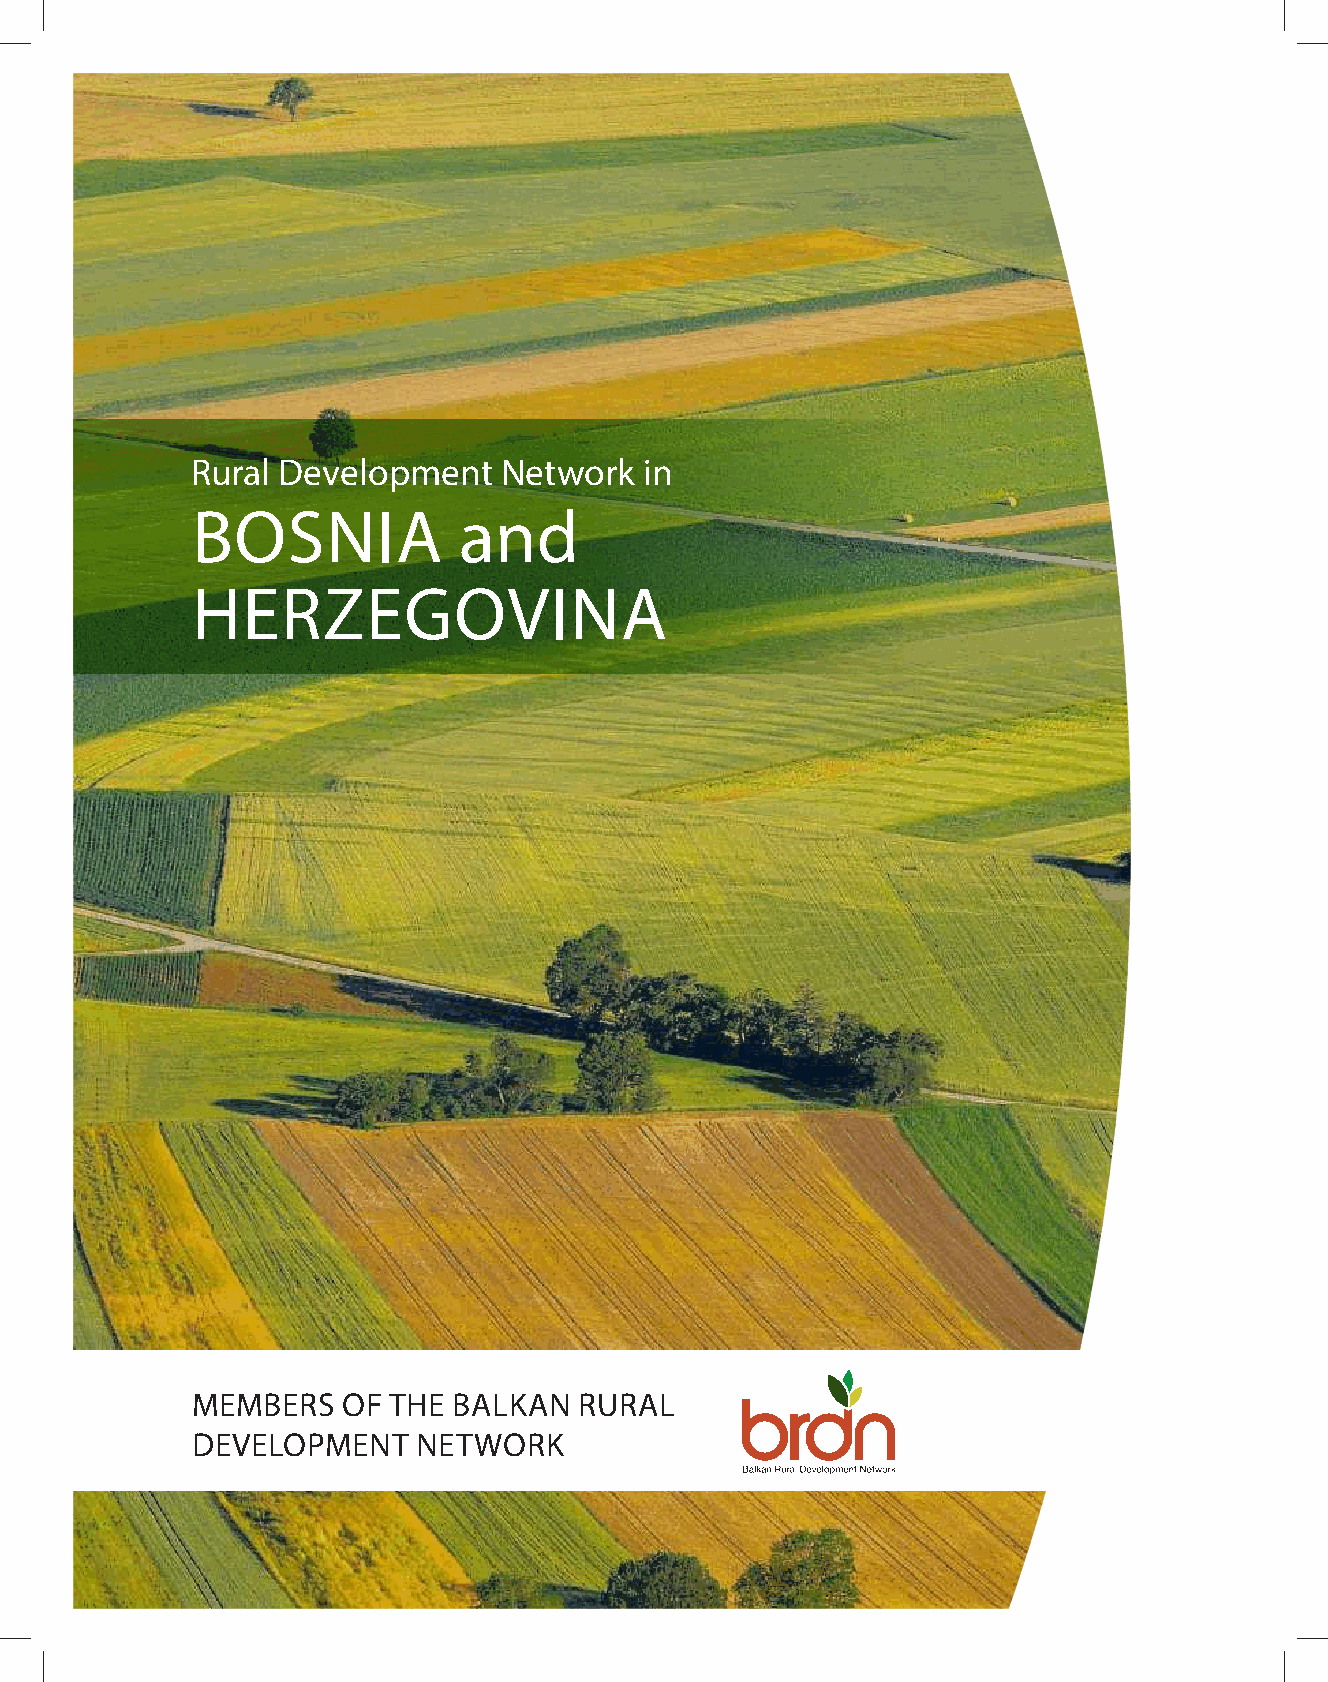
Rural Development   Network   in
 BOSNIA           and
 HERZEGOVINA
 MEMBERS   OF THE BALKAN  RURAL
 DEVELOPMENT    NETWORK